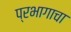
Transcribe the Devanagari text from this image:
प्रभागाचा